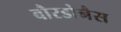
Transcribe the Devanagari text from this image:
बौरडोनैस